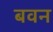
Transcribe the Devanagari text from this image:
बवन